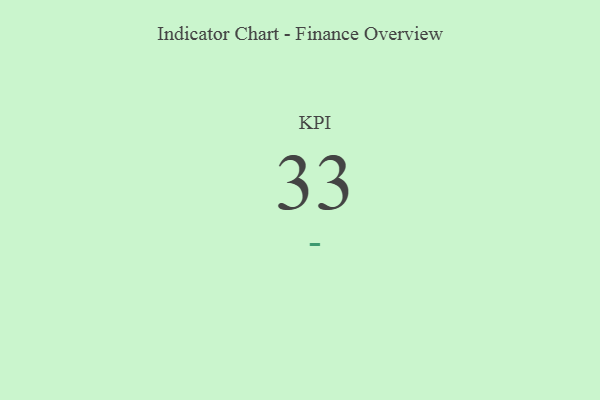
{"axis": {"x": "KPI", "y": "Value"}, "legend": [""], "data": [{"x": "KPI", "y": 33, "type": ""}]}